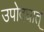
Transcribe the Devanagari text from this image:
उपोदघात्‌